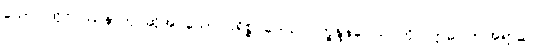
သော၊ ထိုဝိပဿနာဟု ဆိုအပ်သော ပရိစ္စဂဝေါသဂ္ဂပက္ခန္ဒနဝေါသဂ္ဂကို။ ဣဓ၊ ဤအရာ၌။